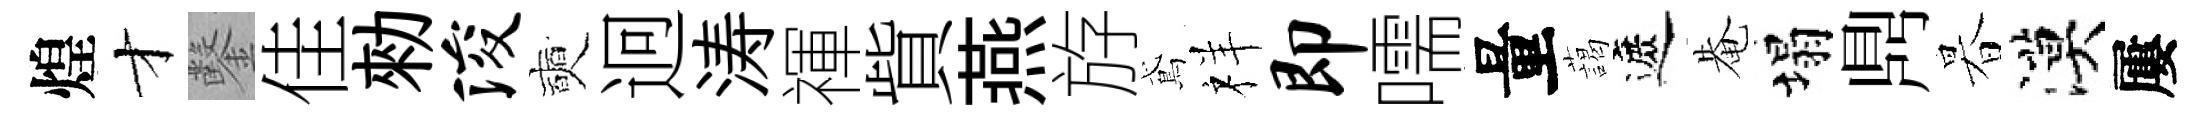
煌才鑿佳勑浚奭迥涛禈貲燕斿鳶祥即嚅量藹遮𤲅塌𪔂暮漠屢